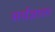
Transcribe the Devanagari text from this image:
सर्वज्ञाता